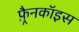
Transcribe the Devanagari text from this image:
फ़्रैनकॉइस